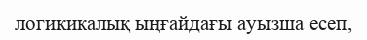
логикикалық ыңғайдағы ауызша есеп,